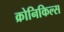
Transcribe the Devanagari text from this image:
क्रोनिकिल्स